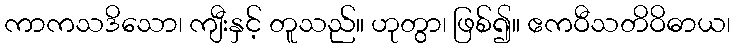
ကာကသဒိသော၊ ကျီးနှင့် တူသည်။ ဟုတွာ၊ ဖြစ်၍။ ဧကဝီသတိဝိဓာယ၊